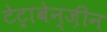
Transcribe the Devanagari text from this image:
टेट्राबेन्ज़ीन